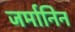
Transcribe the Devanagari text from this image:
जर्मानिन